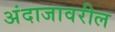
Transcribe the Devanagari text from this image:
अंदाजावरील